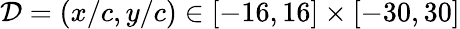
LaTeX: \mathcal{D}=(x/c,y/c)\in[-16,16]\times[-30,30]